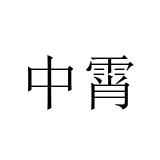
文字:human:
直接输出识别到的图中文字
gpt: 中霄